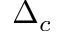
\Delta _ { c }